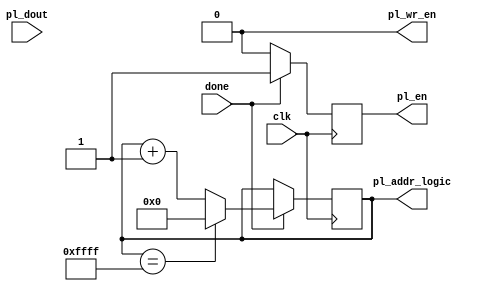
`timescale 1ns / 1ps
//////////////////////////////////////////////////////////////////////////////////
// Company: 
// Engineer: 
// 
// Design Name: 
// Module Name: address_logic
// Project Name: 
// Target Devices: 
// Tool Versions: 
// Description: 
// 
// Dependencies: 
// 
// Revision:
// Revision 0.01 - File Created
// Additional Comments:
// 
//////////////////////////////////////////////////////////////////////////////////


module address_logic(
    input clk, 
    input done,
    output reg [15:0]pl_addr_logic,
    output reg pl_en,
    output reg pl_wr_en,
    input [31:0]pl_dout
    );

    
    
    initial begin
        pl_addr_logic <= 'd0;
        pl_en <= 'd0;
        pl_wr_en <= 'd0;
    end
    
    always @(posedge clk) begin
        if(done) begin
            pl_en <= 1'b1;       
            if(pl_addr_logic == 'd65535)
                pl_addr_logic <= 0;
            else
                pl_addr_logic <= pl_addr_logic+1;           
        end
        else
            pl_en<=1'b0;

    end
    
    
    
    
endmodule